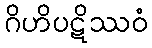
ဂိဟိပဋိဿဝံ